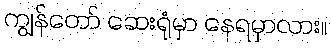
ကျွန်တော် ဆေးရုံမှာ နေရမှာလား။